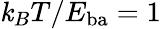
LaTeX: \mathit{k}_{B}T/E_{\mathrm{{ba}}}=1